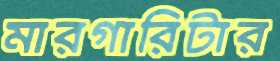
মারগারিটার